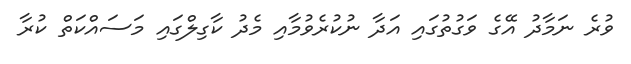
ވުރެ ނަމާދު އޭގެ ވަގުތުގައި އަދާ ނުކުރެވުމާއި މެދު ކާގިލްގައި މަސައްކަތް ކުރާ